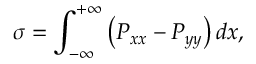
\sigma = \int _ { - \infty } ^ { + \infty } \left( P _ { x x } - P _ { y y } \right) d x ,